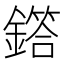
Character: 𫓌